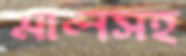
মালসহ